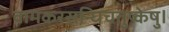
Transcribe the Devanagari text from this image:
वामकरसन्धिचतुष्केषु।